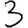
Digit: 3